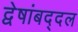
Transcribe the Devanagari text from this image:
द्वेषांबद्दल